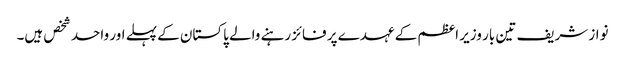
نواز شریف تین بار وزیر اعظم کے عہدے پر فائز رہنے والے پاکستان کے پہلے اور واحد شخص ہیں۔